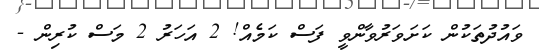
ވައުދުތަކުން ކަށަވަރުވާންވީ ފަސް ކަމެއް! 2 އަހަރު 2 މަސް ކުރިން -